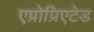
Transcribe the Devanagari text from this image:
एप्रोप्रिएटेड